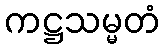
ကဋ္ဌသမ္မတံ